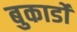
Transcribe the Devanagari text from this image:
बुकार्डो